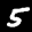
Label: 5